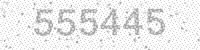
Solution: 555445